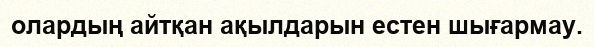
олардың айтқан ақылдарын естен шығармау.